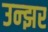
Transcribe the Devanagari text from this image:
उन्झर